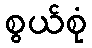
စွယ်စုံ